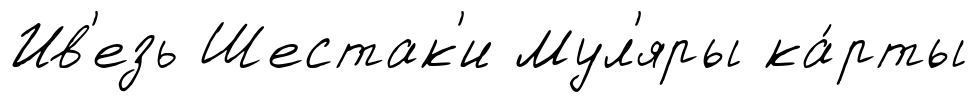
Ив'езь Шестак'и Мул'яры ка́рты